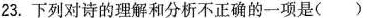
23.下列对诗的理解和分析不正确的一项是()